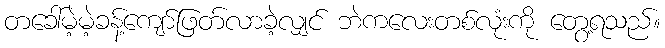
တခေါ်မဲ့မဲ့ခန့်ကျော်ဖြတ်လာခဲ့လျှင် ဘဲကလေးတစ်လုံးကို တွေ့ရသည်။